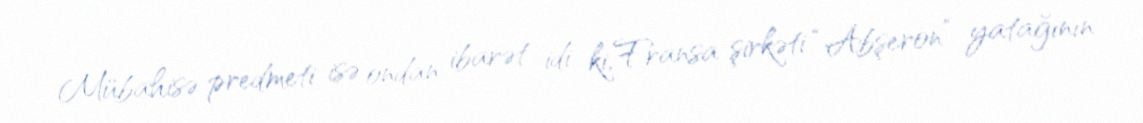
Mübahisə predmeti isə ondan ibarət idi ki, Fransa şirkəti “Abşeron” yatağının